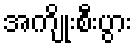
အကျိုးစီးပွား